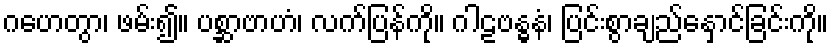
ဂဟေတွာ၊ ဖမ်း၍။ ပစ္ဆာဗာဟံ၊ လက်ပြန်ကို။ ဂါဠဗန္ဓနံ၊ ပြင်းစွာချည်နှောင်ခြင်းကို။